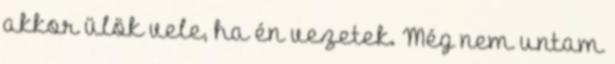
akkor ülök vele, ha én vezetek. Még nem untam